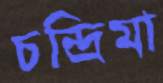
চন্দ্রিমা